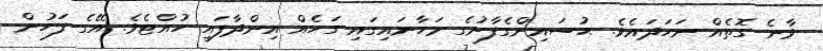
ވާނެ ގޮތެއް ނަހަދައެވެ. ޙުސައިންގެފާނުގެ މަހާނައިގައި ގަހެއް އިންދާފައި ހުއްޓެވެ. އޭގެ ފަހުން